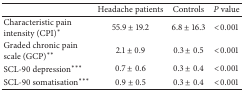
|  | Headache patients | Controls | P value |
 | --- | --- | --- | --- |
 | Characteristic pain intensity (CPI)* | 55.9 ± 19.2 | 6.8 ± 16.3 | <0.001 |
 | Graded chronic pain scale (GCP)** | 2.1 ± 0.9 | 0.3 ± 0.5 | <0.001 |
 | SCL-90 depression*** | 0.7 ± 0.6 | 0.3 ± 0.4 | <0.001 |
 | SCL-90 somatisation*** | 0.9 ± 0.5 | 0.3 ± 0.4 | <0.001 |